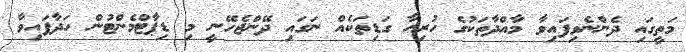
މަތީގައި ދެންނެވިފައިވާ މާއްދާތަކުގެ ހުރިހާ ގަޑިތަކެއް ނަގައި ދޭންޖެހޭނީ މި ޑިޕާޓްމެންޓުން ހަދާފައިވާ